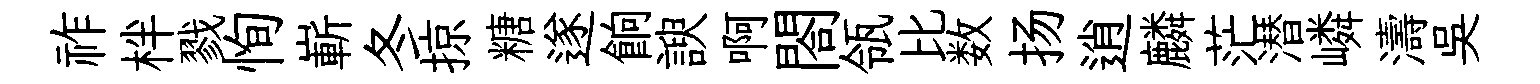
祚柈戮恂嶄冬掠糖遂餉諛啊閤瓴比数扬逍麟茫潜嶙濤吳